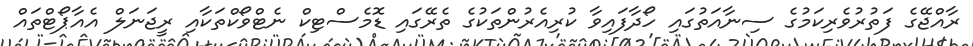
ރާއްޖޭގެ ފަތުރުވެރިކަމުގެ ސިނާއަތުގައި ހޯދާފައިވާ ކުރިއެރުންތަކުގެ ތެރޭގައި ޑޮމެސްޓިކް ނެޓްވޯކްތަކާއި ރީޖަނަލް އެއާޕޯޓްތައް